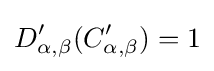
D'_{\alpha ,\beta }(C'_{\alpha ,\beta })=1